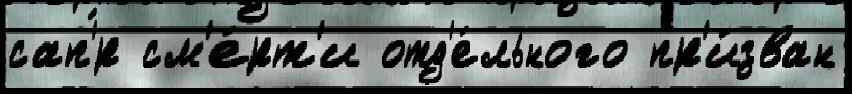
сап'́р см'е́рт'и отд'е́льного пр'и́зван